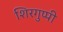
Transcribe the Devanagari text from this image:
शिरगुप्पी